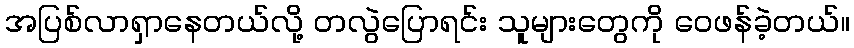
အပြစ်လာရှာနေတယ်လို့ တလွဲပြောရင်း သူများတွေကို ဝေဖန်ခဲ့တယ်။